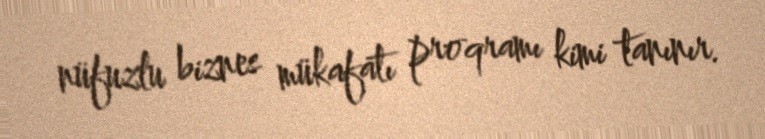
nüfuzlu biznes mükafatı proqramı kimi tanınır.